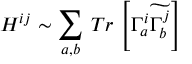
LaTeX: H ^ { i j } \sim \sum _ { a , b } \, T r \, \left[ \Gamma _ { a } ^ { i } \widetilde { \Gamma _ { b } ^ { j } } \right]